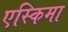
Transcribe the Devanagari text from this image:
एस्किमा